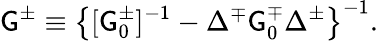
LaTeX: \mathsf{G}^{\pm}\equiv\left\{ [\mathsf{G}_{0}^{\pm}]^{-1}-\Delta^{\mp}\mathsf{G}_{0}^{\mp}\Delta^{\pm}\right\} ^{-1}.